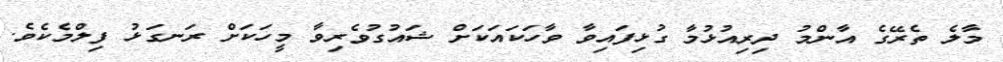
މާލެ ތެރޭގެ އާންމު ދިރިއުޅުމާ ގުޅިފައިވާ ވާހަކައަކަށް ޝައުގުވެރިވާ މީހަކަށް ރަނގަޅު ފިލްމެކެވެ.